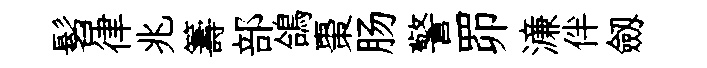
髫律兆籌部鴿棗肠警𦊑濓伴劔